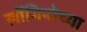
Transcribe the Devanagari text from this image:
लोंगिनोच्या